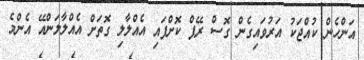
އަންހެން ކުއްޖަކު އަރުވައިގެން ގޮސް ރޭޕް ކޮށްފައި އެއްލާލި ގޮތަށް އެއްލާލަންއޭ އެންމެ